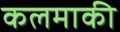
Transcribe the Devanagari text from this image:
कलमाकी